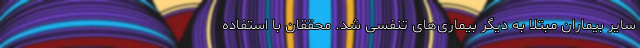
سایر بیماران مبتلا به دیگر بیماری‌های تنفسی شد. محققان با استفاده